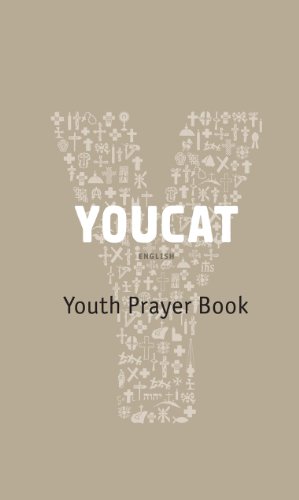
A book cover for Youcat: Youth Prayer Book; Cardinal Christoph Schoenborn; Reference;